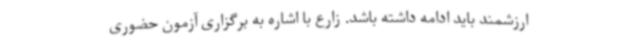
ارزشمند باید ادامه داشته باشد. زارع با اشاره به برگزاری آزمون حضوری